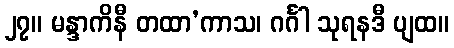
၂၇။ မန္ဒာကိနီ တထာ’ကာသ၊ ဂင်္ဂါ သုရနဒီ ပျထ။